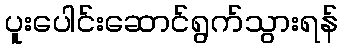
ပူးပေါင်းဆောင်ရွက်သွားရန်